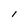
Character: I